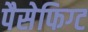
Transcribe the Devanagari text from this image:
पैसेफिग्ट